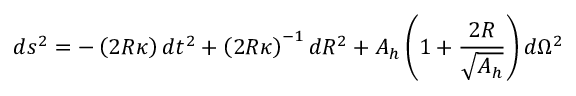
d s ^ { 2 } = - \left( { 2 R \kappa } \right) d t ^ { 2 } + \left( 2 R \kappa \right) ^ { - 1 } d R ^ { 2 } + A _ { h } \left( 1 + { \frac { 2 R } { \sqrt { A _ { h } } } } \right) d \Omega ^ { 2 }